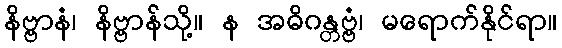
နိဗ္ဗာနံ၊ နိဗ္ဗာန်သို့။ န အဓိဂန္တဗ္ဗံ၊ မရောက်နိုင်ရာ။